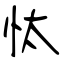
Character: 忲